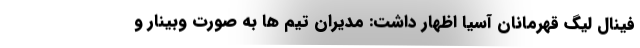
فینال لیگ قهرمانان آسیا اظهار داشت: مدیران تیم ها به صورت وبینار و